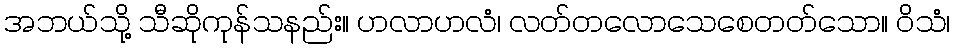
အဘယ်သို့ သီဆိုကုန်သနည်း။ ဟလာဟလံ၊ လတ်တလောသေစေတတ်သော။ ဝိသံ၊